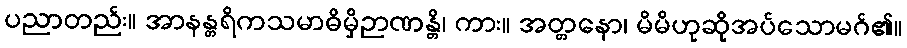
ပညာတည်း။ အာနန္တရိကသမာဓိမှိဉာဏန္တိ၊ ကား။ အတ္တနော၊ မိမိဟုဆိုအပ်သောမဂ်၏။